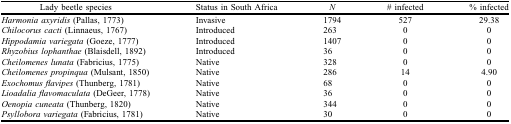
<table><thead><tr><td><b>Lady beetle species</b></td><td><b>Status in South Africa</b></td><td><b><i>N</i></b></td><td><b># infected</b></td><td><b>% infected</b></td></tr></thead><tbody><tr><td><i>Harmonia axyridis</i> (Pallas, 1773)</td><td>Invasive</td><td>1794</td><td>527</td><td>29.38</td></tr><tr><td><i>Chilocorus cacti</i> (Linnaeus, 1767)</td><td>Introduced</td><td>263</td><td>0</td><td>0</td></tr><tr><td><i>Hippodamia variegata</i> (Goeze, 1777)</td><td>Introduced</td><td>1407</td><td>0</td><td>0</td></tr><tr><td><i>Rhyzobius lophanthae</i> (Blaisdell, 1892)</td><td>Introduced</td><td>36</td><td>0</td><td>0</td></tr><tr><td><i>Cheilomenes lunata</i> (Fabricius, 1775)</td><td>Native</td><td>328</td><td>0</td><td>0</td></tr><tr><td><i>Cheilomenes propinqua</i> (Mulsant, 1850)</td><td>Native</td><td>286</td><td>14</td><td>4.90</td></tr><tr><td><i>Exochomus flavipes</i> (Thunberg, 1781)</td><td>Native</td><td>68</td><td>0</td><td>0</td></tr><tr><td><i>Lioadalia flavomaculata</i> (DeGeer, 1778)</td><td>Native</td><td>36</td><td>0</td><td>0</td></tr><tr><td><i>Oenopia cuneata</i> (Thunberg, 1820)</td><td>Native</td><td>344</td><td>0</td><td>0</td></tr><tr><td><i>Psyllobora variegata</i> (Fabricius, 1781)</td><td>Native</td><td>30</td><td>0</td><td>0</td></tr></tbody></table>